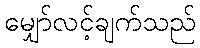
မျှော်လင့်ချက်သည်